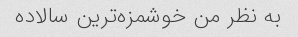
به نظر من خوشمزه‌ترین سالاده